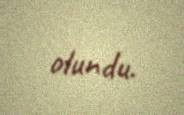
olundu.